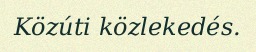
Közúti közlekedés.